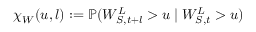
\chi _ { W } ( u , l ) : = \mathbb { P } ( W _ { S , t + l } ^ { L } > u \mid W _ { S , t } ^ { L } > u )